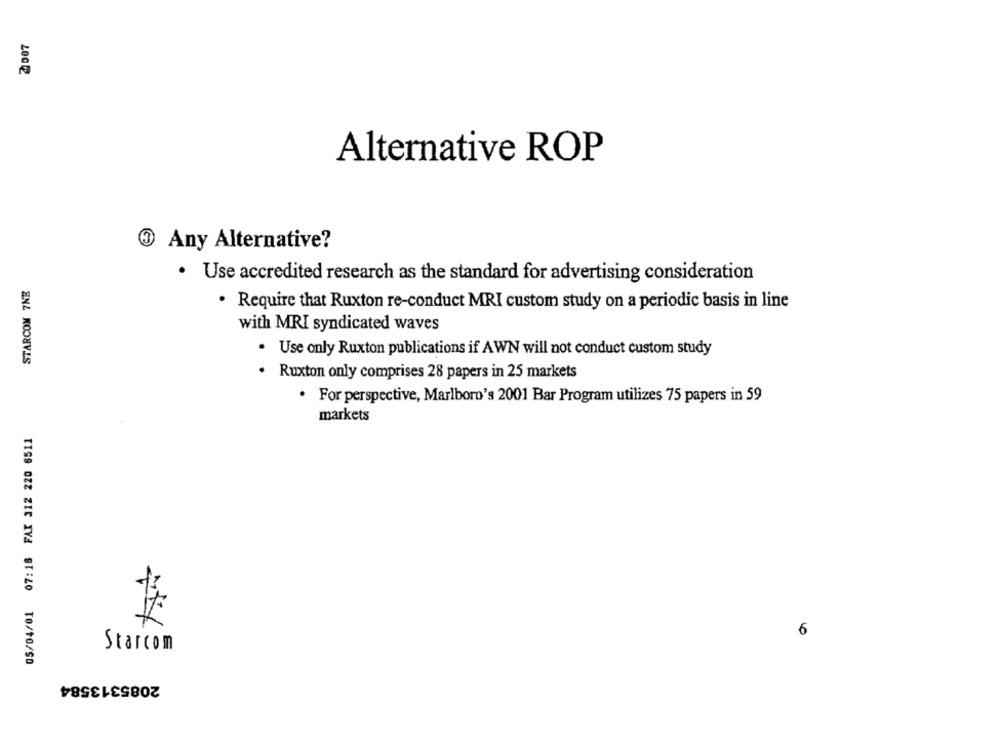
200 ₡
Alternative ROP
Any Alternative?
STARCOM 7NE
· Use accredited research as the standard for advertising consideration
. Require that Ruxton re-conduct MRI custom study on a periodic basis in line
with MRI syndicated waves
· Use only Ruxton publications if AWN will not conduct custom study
Ruxton only comprises 28 papers in 25 markets
· For perspective, Marlboro's 2001 Bar Program utilizes 75 papers in 59
markets
05/04/01 07:16 FAX 312 220 6511
6
Starcom
2085313584